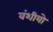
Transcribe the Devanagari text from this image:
वंशीयो